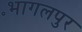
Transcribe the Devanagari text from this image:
॰भागलपुर